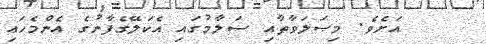
އަށެވެ. މިޞަލަވާތާއި ސަލާމުގައި އެކަލޭގެފާނުގެ އެންމެހައި